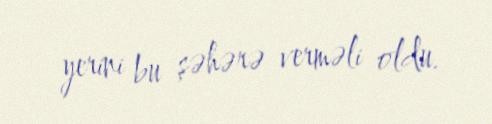
yerini bu şəhərə verməli oldu.